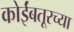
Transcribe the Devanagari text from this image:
कोईंबतूरच्या